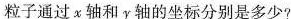
粒子通过x轴和y轴的坐标分别是多少?